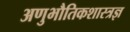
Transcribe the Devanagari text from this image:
अणुभौतिकशास्त्रज्ञ